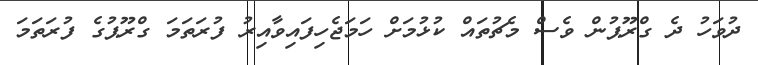
ދުވަހު ދެ ގްރޫޕުން ވެސް މެޗުތައް ކުޅުމަށް ހަމަޖެހިފައިވާއިރު ފުރަތަމަ ގްރޫޕުގެ ފުރަތަމަ